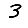
Digit: 3